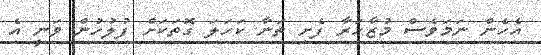
އެހެން ނަމަވެސް މުޒާހަރާ ފެށި ތަނާ ކަހަލަ ގޮތަކަށް ފުލުހުން ވަނީ އެ